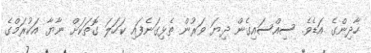
ހާދިންގެ އަޑެވެ. ސިއްސައިގެން ދިޔަ ވަރުން ތެޅިގަނެފައި ކަހަލަ ގޮތަކަށް ނާޔާ އަކުރަމްގެ